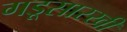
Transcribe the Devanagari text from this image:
गडूसारखी